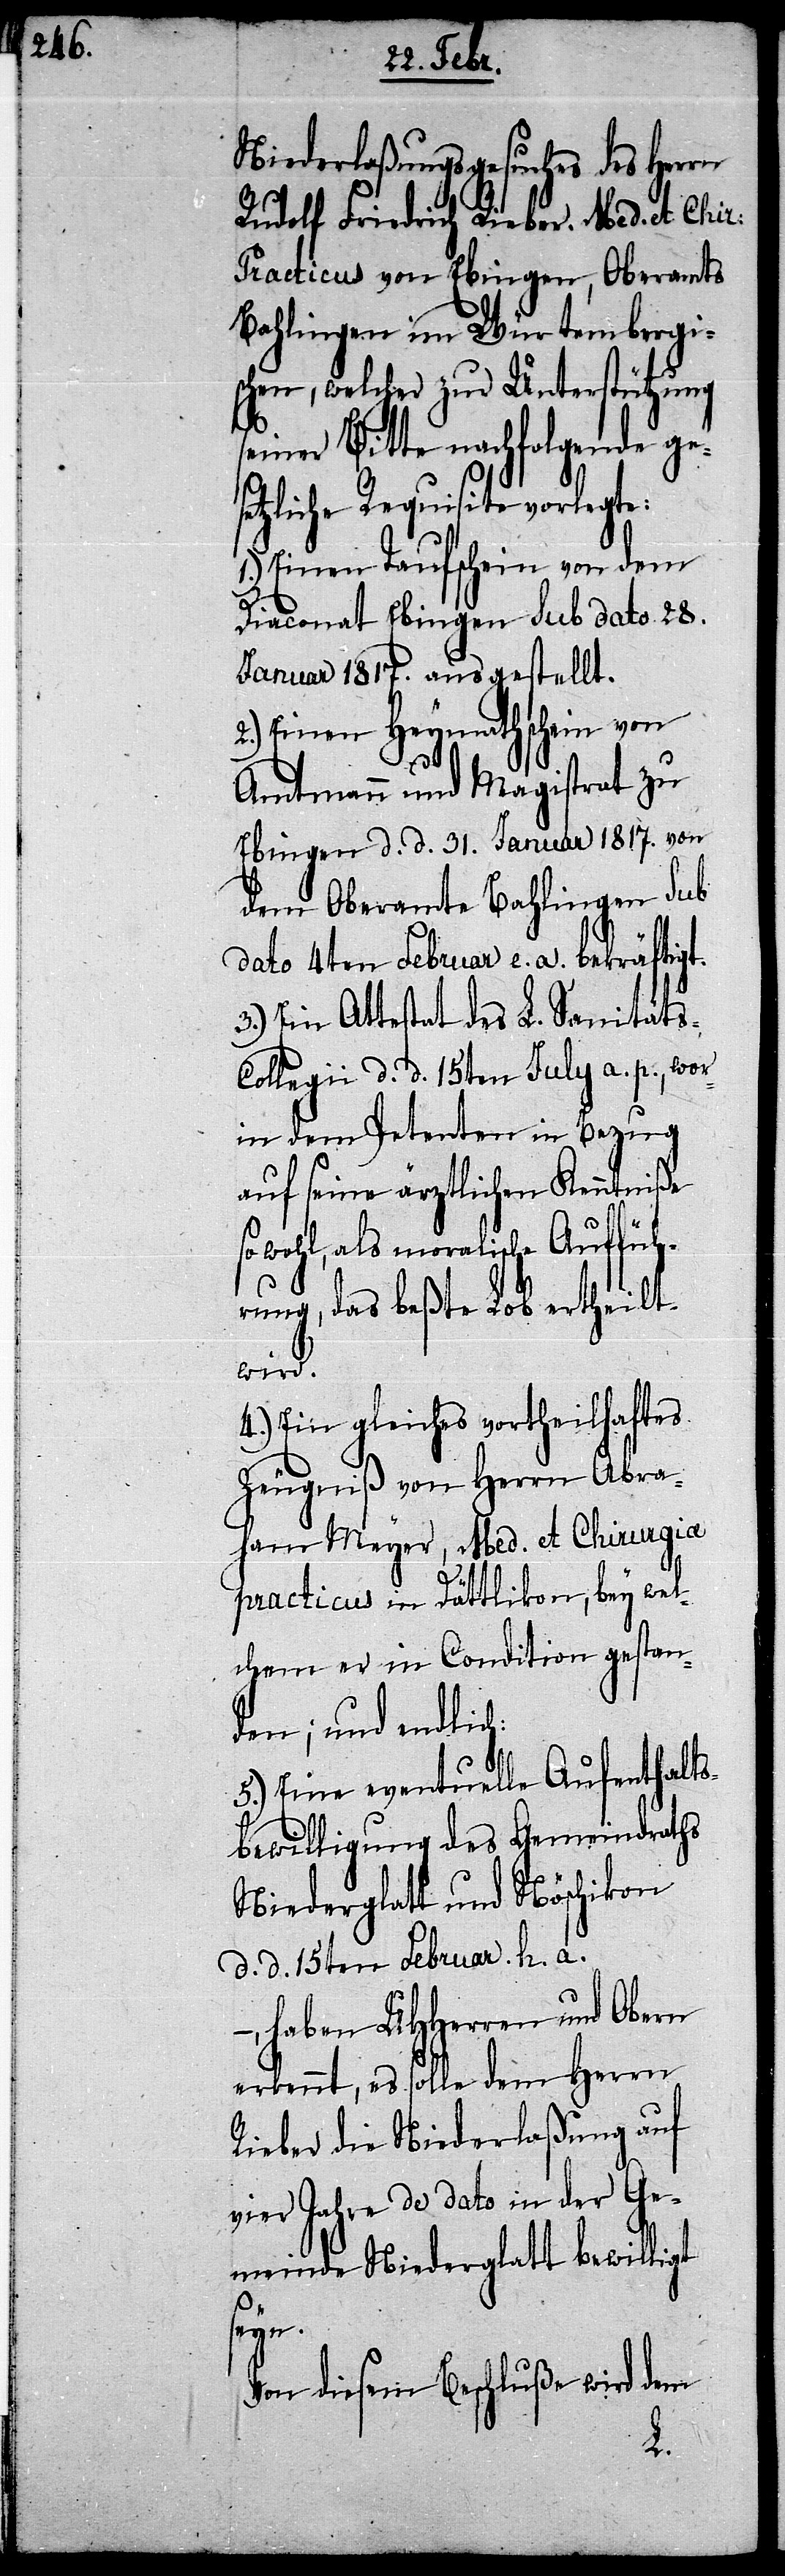
Niederlaßungsgesuches des Herrn
Rudolf Friedrich Rieber. Med. et Chir:
Practicus von Ebingen, Oberamts
Bahlingen im Würtembergi¬
schen, welcher zur Unterstützung
seiner Bitte nachfolgende ge¬
setzliche Requisite vorlegte:
1.) Einen Taufschein von dem
Diaconat Ebingen Sub dato 28.
Januar 1817. ausgestellt.
2.) Einen Heymathschein von
Amtmann und Magistrat zu
Ebingen d. d. 31. Januar 1817. von
dem Oberamte Bahlingen Sub
dato 4ten Februar e. a. bekräftigt.
3.) Ein Attestat des L. Sanitäts-C¬
ollegii d. d. 15ten July a. p., wor¬
in dem Petenten in Bezug
auf seine ärztlichen Kenntniße
sowohl, als moralische Auffüh¬
rung, das beßte Lob ertheilt
wird.
4.) Ein gleiches vortheilhaftes
Zeugniß von Herrn Abra¬
ham Meyer, Med. et Chirurgiae
practicus in Dättlikon, bey wel¬
chem er in Condition gestan¬
den; und endlich:
5.) Eine eventuelle Aufenthalts¬
bewilligung des Gemeindraths
Niederglatt und Nöschikon
d. d. 15ten Febraur h. a.
–, haben UHHerren und Obern
erkennt, es solle dem Herrn
Rieber die Niederlaßung auf
vier Jahre de dato in der Ge¬
meinde Niederglatt bewilligt
seyn.
Von diesem Beschluße wird dem